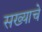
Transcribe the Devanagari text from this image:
सख्याचे